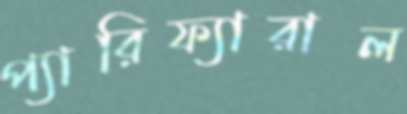
প্যারিফ্যারাল